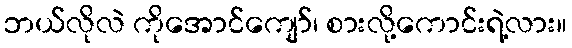
ဘယ်လိုလဲ ကိုအောင်ကျော်၊ စားလို့ကောင်းရဲ့လား။